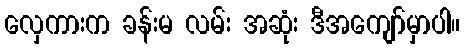
လှေကားက ခန်းမ လမ်း အဆုံး ဒီအကျော်မှာပါ။